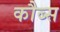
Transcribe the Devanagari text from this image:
कौब्स